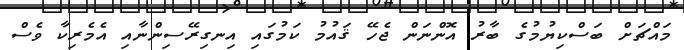
މައްޗަށް ބަސްކިޔުމުގެ ބާރު އޮންނަން ޖެހޭ ޤައުމު ކަމުގައި އިނގިރޭސިންނާއި އެމެރިކާ ވެސް